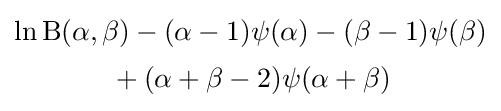
{\begin{matrix}\ln \mathrm {B} (\alpha ,\beta )-(\alpha -1)\psi (\alpha )-(\beta -1)\psi (\beta )\\[0.5em]{}+(\alpha +\beta -2)\psi (\alpha +\beta )\end{matrix}}